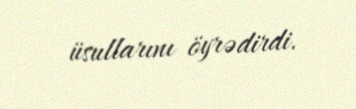
üsullarını öyrədirdi.